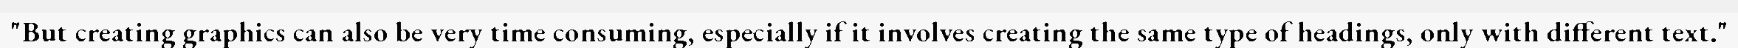
"But creating graphics can also be very time consuming, especially if it involves creating the same type of headings, only with different text."